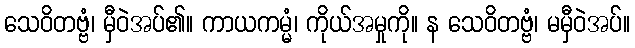
သေဝိတဗ္ဗံ၊ မှီဝဲအပ်၏။ ကာယကမ္မံ၊ ကိုယ်အမှုကို။ န သေဝိတဗ္ဗံ၊ မမှီဝဲအပ်။